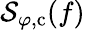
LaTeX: \mathcal{S}_{\varphi,\mathrm{{c}}}(f)